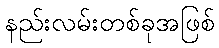
နည်းလမ်းတစ်ခုအဖြစ်